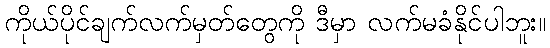
ကိုယ်ပိုင်ချက်လက်မှတ်တွေကို ဒီမှာ လက်မခံနိုင်ပါဘူး။